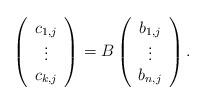
LaTeX: \begin{align*}\left( \begin{array}{c} c_{1, j} \\ \vdots \\ c_{k, j} \end{array} \right) = B \left( \begin{array}{c} b_{1,j} \\ \vdots \\ b_{n,j} \end{array} \right) . \end{align*}